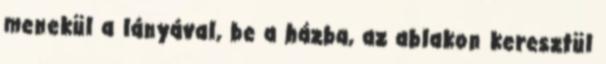
menekül a lányával, be a házba, az ablakon keresztül